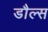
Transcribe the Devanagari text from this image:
डौल्स